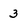
Character: 3